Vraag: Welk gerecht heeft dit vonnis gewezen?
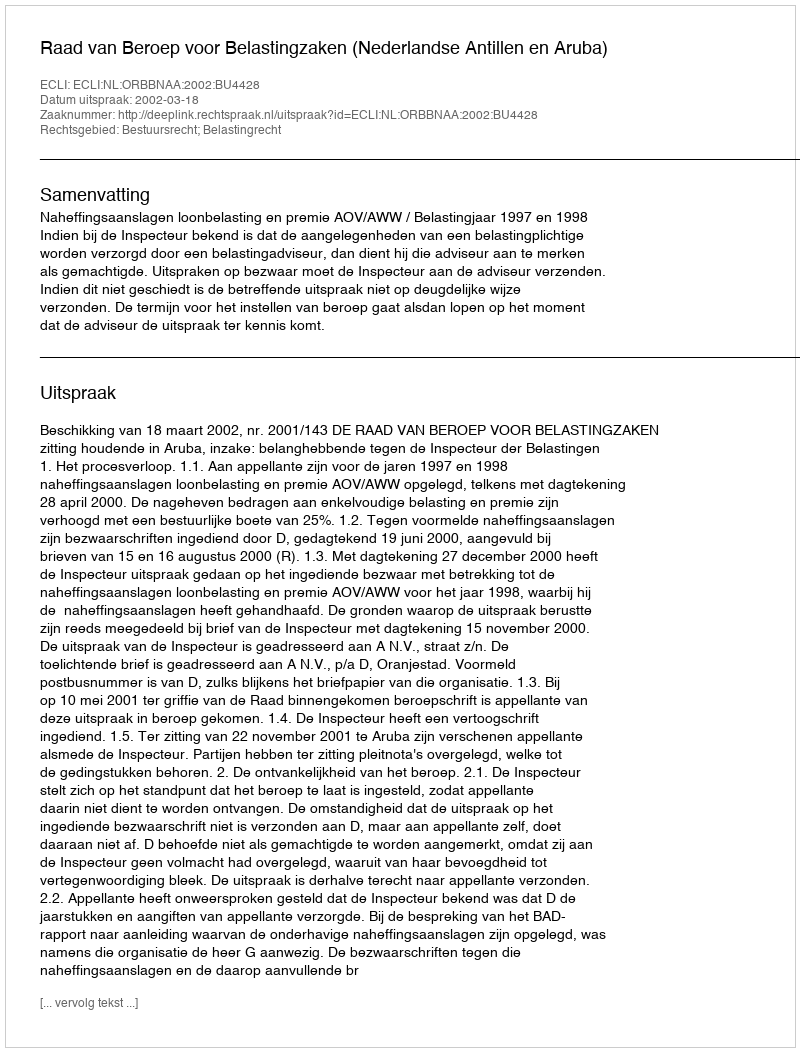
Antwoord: Raad van Beroep voor Belastingzaken (Nederlandse Antillen en Aruba)